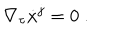
LaTeX: \nabla _ { \tau } \dot { x } ^ { j } = 0 ~ .